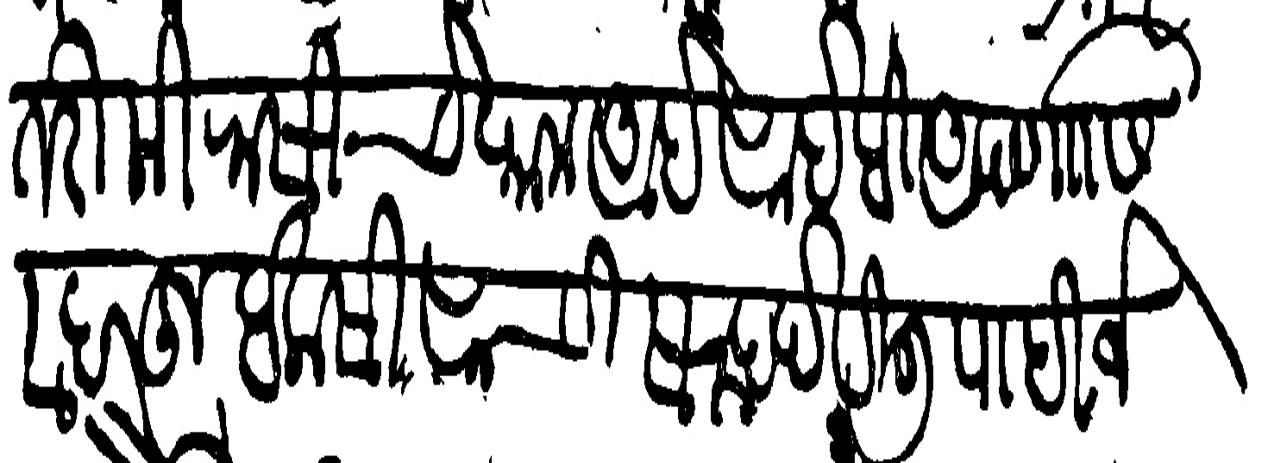
Transliteration (Devanagari): तरी मिरासीचे काम आहे साहेबी आपणास सदरहू वकसीसाची सनद देविली पाहिजे